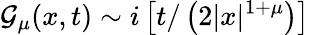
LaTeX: {\cal{G}}_{\mu}(x,t)\sim i\left[t/\left(2|x|^{1+\mu}\right)\right]